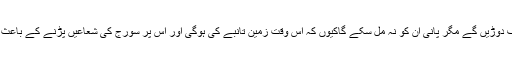
لوگ پانی کی طرف دوڑیں گے مگر پانی ان کو نہ مل سکے گاکیوں کہ اس وقت زمین تانبے کی ہوگی اور اس پر سورج کی شعاعیں پڑنے کے باعث پانی کا گمان ہوگا۔